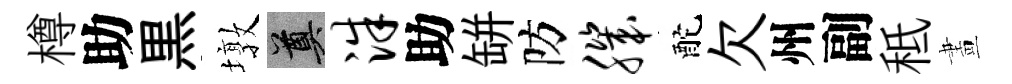
樽助黒墩奠洙助缾防肌酡欠州副秪畫